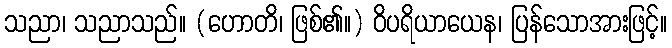
သညာ၊ သညာသည်။ (ဟောတိ၊ ဖြစ်၏။) ဝိပရိယာယေန၊ ပြန်သောအားဖြင့်။